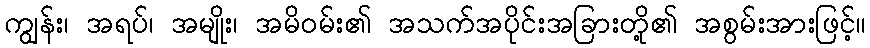
ကျွန်း၊ အရပ်၊ အမျိုး၊ အမိဝမ်း၏ အသက်အပိုင်းအခြားတို့၏ အစွမ်းအားဖြင့်။